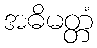
အဓိမတ္တံ